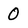
Character: 0